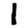
Digit: 1